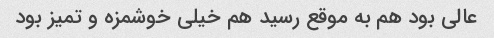
عالی بود هم به موقع رسید هم خیلی خوشمزه و تمیز بود